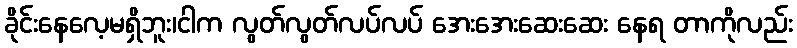
ခိုင်းနေလေ့မရှိဘူး၊ငါက လွတ်လွတ်လပ်လပ် အေးအေးဆေးဆေး နေရ တာကိုလည်း